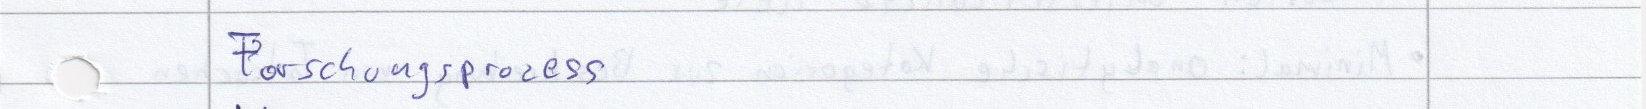
Forschungsprozess